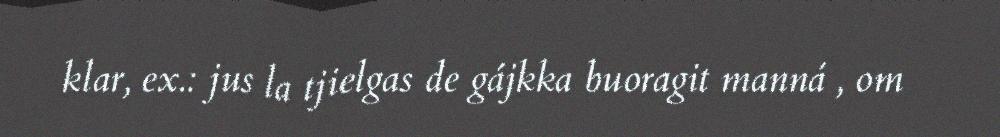
klar, ex.: jus la tjielgas de gájkka buoragit manná , om